Annual statistical returns and brief notes on vaccination in Bengal - 1896-1909
Year: 1896
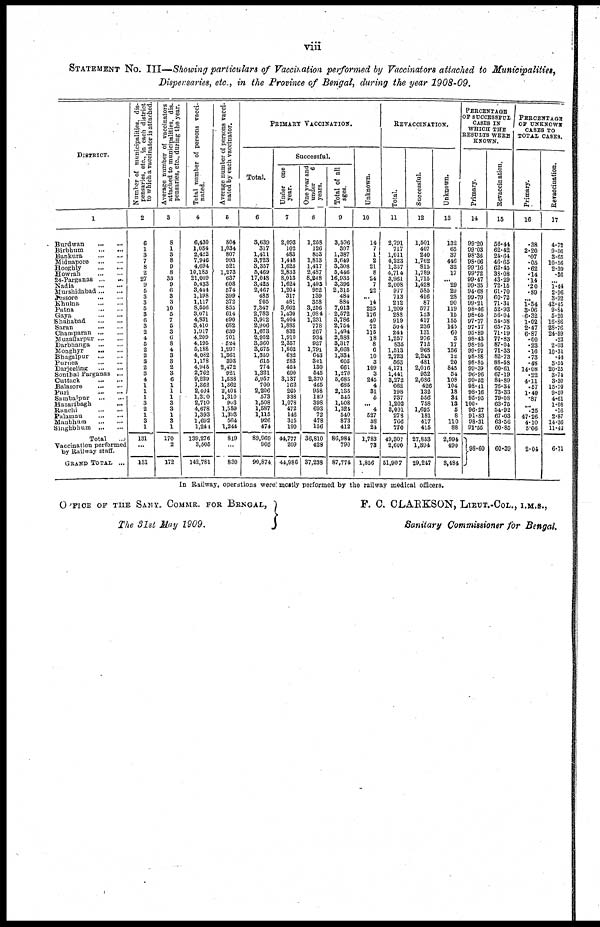
viii
STATEMENT NO. III—Showing particulars of Vaccination performed by Vaccinators attached to Municipalities,
Dispensaries, etc., in the Province of Bengal, during the year 1908-09.
DISTRICT.
1
Burdwan
...
...
Birbhum
...
...
Bankura
...
...
Midnapore
...
...
Hooghly
...
...
Howrah
...
...
24-Parganas ... ...
Nadia ... ...
Murshidabad ... ...
Jessore
...
...
Khulna
...
...
Patna
...
...
Gaya ... ...
Shahabad
...
...
Saran ... ...
Champaran
...
...
Muzaffarpur
...
...
Darbhanga
...
...
Monghyr
...
...
Bhagalpur
...
...
Purnea
...
...
Darjeeling
...
...
Sonthal Parganas ...
Cuttack
...
...
Balasore
...
...
Puri
...
...
Sambalpur
...
...
Hazaribagh ...
Ranchi...
...
Palamau
...
...
Manbhum
...
...
Singhbhum
...
...
Total ...
Vaccination performed
by Railway staff.
GRAND TOTAL ...
Number of municipalities, dis-
pensaries, etc., in each district
to which a vaccinator is attached.
2
6
1
3
7
8
2
27
9
5
3
3
5
3
6
3
2
4
5
2
2
3
2
3
4
1
1
1
3
2
1
3
1
131
...
131
Average number of vaccinators
attached to municipalities, dis-
pensaries, etc., during the year.
3
8
1
3
8
9
8
33
9
6
3
3
10
5
7
5
3
6
8
4
3
3
2
3
6
1
1
1
3
3
1
3
1
170
2
172
Total number of persons vacci-
nated.
4
6,430
1,034
2,422
7,946
4,694
10,183
21,009
5,433
3,444
1,198
1,117
8,556
3,071
4,831
3,410
1,917
4,209
4,195
5,188
4,082
1,178
4,945
2,762
9,229
1,362
2,404
1,310
2,710
4,678
1,393
1,692
1,241
139,276
3,505
142,781
Average number of persons vacci-
nated by each vaccinator.
5
804
1,034
807
993
521
1,273
637
608
574
399
372
855
614
690
682
639
701
524
1,297
1,361
393
2,472
921
1,538
1,362
2,404
1,310
903
1,559
1,393
564
1,244
819
...
830
PRIMARY VACCINATION.
Total.
6
3,639
317
1,411
3,723
3,357
5,469
17,048
3,425
2,467
485
905
7,347
2,783
3,912
2,906
1,673
2,952
3,360
3,675
1,359
615
774
1,321
5,957
700
2,206
573
1,508
1,587
1,115
926
474
89,969
905
90,874
Successful.
Under one
year.
7
2,093
102
483
1,448
1,625
2,833
8,013
1,624
1,204
317
481
3,662
1,430
2,404
1,885
832
1,910
2,357
1,862
682
283
451
690
3,137
162
265
338
1,078
472
146
315
190
44,777
209
44,986
One year and
under
6
years.
8
1,258
126
853
1,813
1,417
2,487
8,248
1,493
952
139
358
3,256
1,084
1,231
778
267
934
927
1,791
643
301
130
545
2,370
465
958
189
398
693
72
478
156
36,810
428
87,238
Total of all
ages.
9
3,596
307
1,387
3,649
3,308
5,446
16,935
3,396
2,315
484
884
7,013
2,572
3,786
2,754
1,494
2,888
3,317
3,668
1,334
605
661
1,278
5,685
685
2,135
545
1,508
1,524
540
873
412
86,984
790
87,774
Unknown.
10
14
7
1
2
21
8
24
7
22
... 14
225
176
40
72
115
18
8
6
10
3
109
3
245
4
31
6
... 4
527
38
21
1,783
73
1,856
REVACCINATION.
Total.
11
2,791
717
1,011
4,223
1,337
4,714
3,961
2,008
977
713
212
1,209
288
919
504
244
1,257
835
1,513
2,723
563
4,171
1,441
3,272
662
198
737
1,202
3,091
278
766
770
49,307
2,600
51,907
Successful.
12
1,501
407
240
1,762
815
1,789
1,715
1,428
585
416
87
577
153
417
236
131
976
712
968
2,243
481
2,016
932
2,686
426
132
556
758
1,695
181
417
415
27,853
1,394
29,247
Unknown.
13
132
65
37
446
32
17
... 29
29
28
90
119
15
155
145
60
3
17
156
12
20
845
54
108
104
18
31
13
6
8
110
88
2,994
490
3,484
PERCENTAGE
OF SUCCESSFUL
CASES IN
WHICH THE
RESULTS WERE
KNOWN.
Primary.
14
99.20
99.03
98.36
98.06
99.16
99.72
99.47
99.35
94.68
99.79
99.21
98.46
98.65
97.77
97.17
95.89
98.43
98.95
99.97
98.88
98.85
99.39
96.96
99.52
98.41
98.16
95.95
100.
96.27
91.83
98.31
91.55
98.60
Revaccination.
15
56.44
62.42
24.64
46.65
62.45
33.08
43.29
72.15
61.70
60.72
71.31
52.93
56.04
54.58
65.73
71.19
77.83
87.04
71.33
82.73
88.58
60.61
67.19
84.89
76.34
73.33
79.08
63.75
54.92
67.03
63.56
60.85
60.39
PERCENTAGE
OF UNKNOWN
CASES TO
TOTAL CASES.
Primary.
16
.38
2.20
.07
.05
.62
.14
.14
.20
.89
...
1.54
3.06
6.32
1.02
2.47
6.87
.60
.23
.16
.73
.48
14.08
.22
4.11
.57
1.40
.87
.25
47.26
4.10
5.06
2.04
Revaccination.
17
4.72
9.06
3.65
10.56
2.39
.36
...
1.44
2.96
3.92
42.45
9.84
5.20
16.86
28.76
24.59
.23
2.03
10.31
.44
3.55
20.25
3.74
3.30
15.70
9.09
4.61
1.08
.16
2.87
14.36
11.42
6.71
In Railway, operations were mostly performed by the railway medical officers.
OFFICE OF THE SANY. COMMR. FOR BENGAL,
The 31st May 1909.
F. C. CLARKSON, LIEUT.-COL., I.M.S.,
Sanitary Commissioner for Bengal.